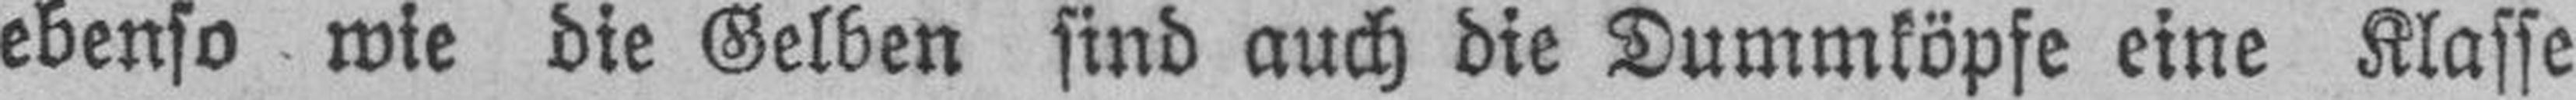
ebenso wie die Gelben sind auch die Dummköpfe eine Klasse